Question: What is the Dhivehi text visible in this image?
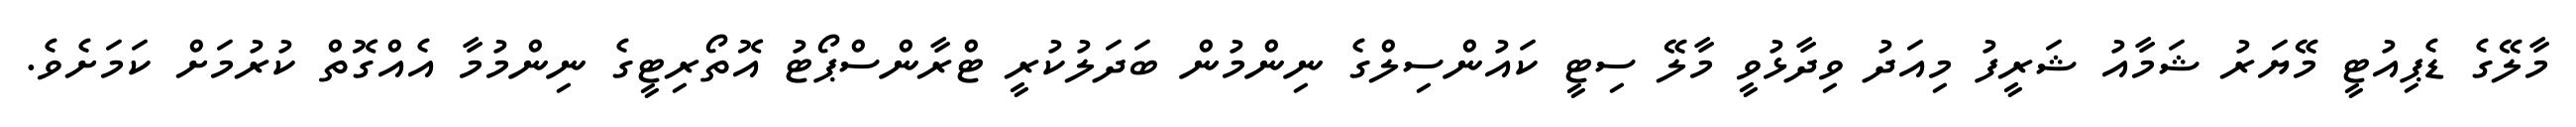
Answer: މާލޭގެ ޑެޕިއުޓީ މޭޔަރު ޝަމާއު ޝަރީފު މިއަދު ވިދާޅުވީ މާލޭ ސިޓީ ކައުންސިލްގެ ނިންމުން ބަދަލުކުރީ ޓްރާންސްޕޯޓު އޮތޯރިޓީގެ ނިންމުމާ އެއްގޮތް ކުރުމަށް ކަމަށެވެ.